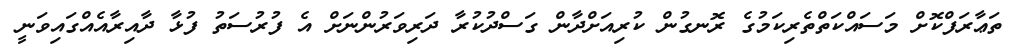
ތަޢާރަފްކޮށް މަސައްކަތްތެރިކަމުގެ ރޮނގުން ކުރިއަށްދާން ގަސްދުކުރާ ދަރިވަރުންނަށް އެ ފުރުސަތު ފުޅާ ދާއިރާއެއްގައިވަނީ